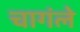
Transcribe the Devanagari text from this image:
चागंले